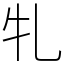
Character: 𭷓